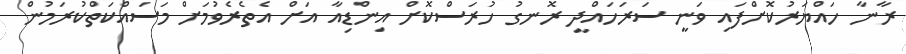
ރާނާ ހައްޔަރުކޮށްފައި ވަނީ ސަރަހައްދީ ރޮނގު ހުރަސްކޮށް އިންޑިއާ އަށް އެތެރެވުމަށް މަސައްކަތްކުރަމުން